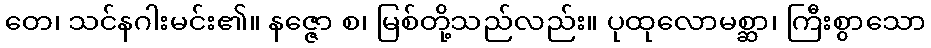
တေ၊ သင်နဂါးမင်း၏။ နဇ္ဇော စ၊ မြစ်တို့သည်လည်း။ ပုထုလောမစ္ဆာ၊ ကြီးစွာသော